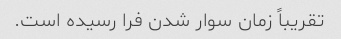
تقریباً زمان سوار شدن فرا رسیده است.